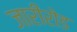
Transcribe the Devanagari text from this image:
जारीरोड